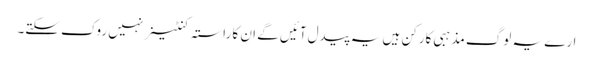
ارے یہ لوگ مذہبی کارکن ہیں یہ پیدل آئیں گے ان کا راستہ کنٹینر نہیں روک سکتے۔